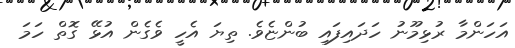
އަހަންމާ ރުޅިމޫނު ހަދައިފައި ބުންޏެވެ. ތިޔަ އެހީ ވެގެން އުޅޭ ގޮތް ހަމަ